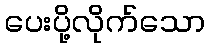
ပေးပို့လိုက်သော